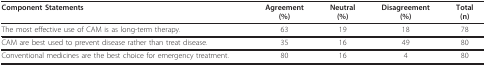
| Component Statements | Agreement(%) | Neutral(%) | Disagreement(%) | Total(n) |
 | --- | --- | --- | --- | --- |
 | The most effective use of CAM is as long-term therapy. | 63 | 19 | 18 | 78 |
 | CAM are best used to prevent disease rather than treat disease. | 35 | 16 | 49 | 80 |
 | Conventional medicines are the best choice for emergency treatment. | 80 | 16 | 4 | 80 |